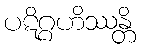
ပဋိဂ္ဂဟိဿန္တိ